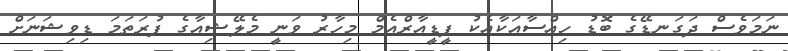
ނަމަވެސް ދަގަނޑޭގެ ބޮޑު ހިއްސާއަކާއެކު ޕީޑީއާރްއެމް މިހާރު ވަނީ މެލޭޝިއާގެ ފުރަތަމަ ޑިވިޝަނަށް